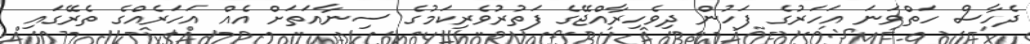
ދެހާސް ހަތްވަނަ އަހަރުގެ ފަހުން ދިވެހިރާއްޖޭގެ ފަތުރުވެރިކަމުގެ ސިނާއަތަށް އެއް އަހަރެއްގެ ތެރޭގައި